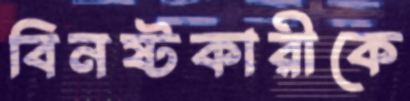
বিনষ্টকারীকে